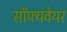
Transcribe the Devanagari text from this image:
सॉफ्यवेयर